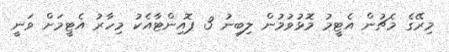
މިރޭގެ މެޗުން އެޓީމު މޮޅުވުމުން ލިބިނު 3 ޕޮއިންޓާއެކު މިހާރު އެޓީމަށް ވަނީ